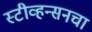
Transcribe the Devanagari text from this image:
स्टीव्हन्सनचा